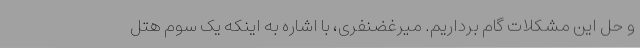
و حل این مشکلات گام برداریم. میرغضنفری، با اشاره به اینکه یک سوم هتل